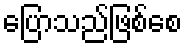
ပြောသည်ဖြစ်စေ